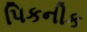
પિકનીક